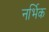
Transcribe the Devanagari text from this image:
नर्भिक